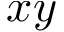
x y